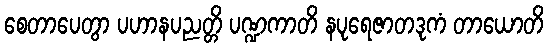
စေတာပေတွာ ပဟာနပညတ္တိ ပဏ္ဍကာတိ နပုရေဇာတဒုကံ တာယောတိ